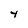
Character: 4